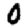
Digit: 0